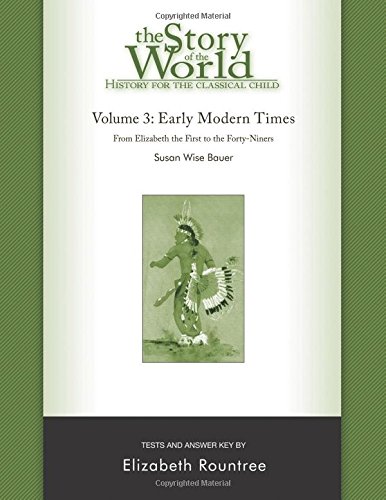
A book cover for The Story of the World: History for the Classical Child: Early Modern Times: Tests and Answer Key (Vol. 3)  (Story of the World); Susan Wise Bauer; Education & Teaching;